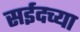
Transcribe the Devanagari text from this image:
सईदच्या